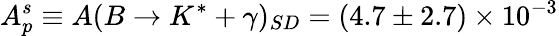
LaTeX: A_{p}^{s}\equiv A(B\to K^{\ast}+\gamma)_{SD}=(4.7\pm 2.7)\times 10^{-3}